Veterinary [1916] -
Year: 1916
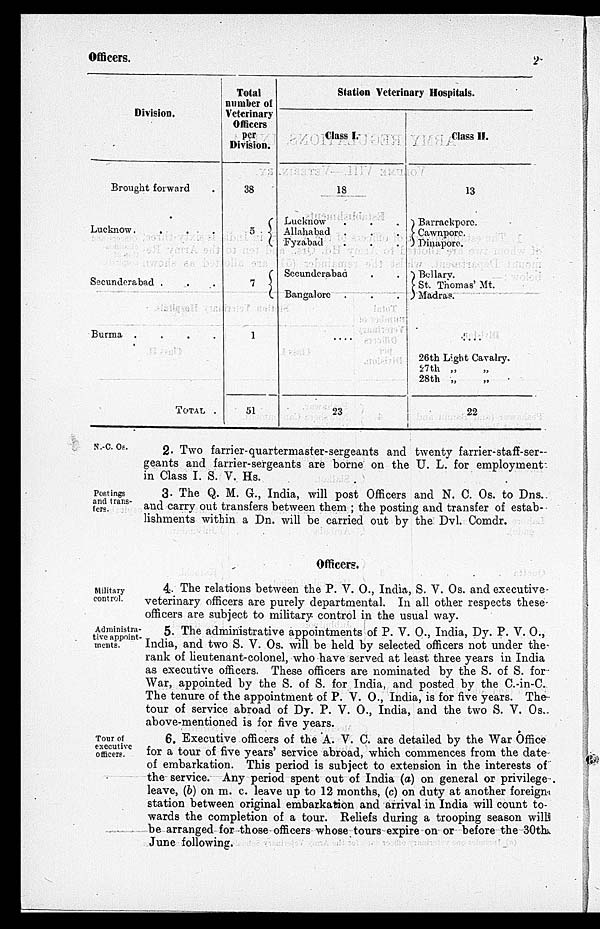
Officers.
2
Division.
Brought forward .
Lucknow. . . .
Secunderabad . . .
Burma . . .
TOTAL.
Total
number of
Veterinary
Officers
per
Division.
38
5
7
1
51
Station Veterinary Hospitals.
Class I.
18
Lucknow . . .
Allahabad . . .
Fyzabad . . .
Secunderabad
Bangalore . . .
....
23
Class II.
13
Barrackpore.
Cawnpore.
Dinapore.
Bellary.
St. Thomas' Mt.
Madras.
....
26th Light Cavalry.
27th „ „ .
28th „ „ .
22
N -C. Os.
2. Two farrier-quartermaster-sergeants and twenty farrier-staff-ser-
geants and farrier-sergeants are borne on the U. L. for employment
in Class I. S. V. Hs.
Postings
and trans-
fers.
3. The Q. M. G., India, will post Officers and N. C. Os. to Dns.
and carry out transfers between them ; the posting and transfer of estab-
lishments within a Dn. will be carried out by the Dvl. Comdr.
Officers.
Military
control.
4. The relations between the P. V. O., India, S. V. Os. and executive
veterinary officers are purely departmental. In all other respects these
officers are subject to military control in the usual way.
Administrat-
tive appoint-
ments.
5. The administrative appointments of P. V. O., India, Dy. P. V. O.,
India, and two S. V. Os. will be held by selected officers not under the
rank of lieutenant-colonel, who have served at least three years in India
as executive officers. These officers are nominated by the S. of S. for
War, appointed by the S. of S. for India, and posted by the C.-in-C.
The tenure of the appointment of P. V. O., India, is for five years. The
tour of service abroad of Dy. P. V. O., India, and the two S. V. Os.
above-mentioned is for five years.
Tour of
executive
officers.
6. Executive officers of the A. V. C. are detailed by the War Office
for a tour of five years' service abroad, which commences from the date
of embarkation. This period is subject to extension in the interests of
the service. Any period spent out of India (a) on general or privilege
leave, (b) on m. c. leave up to 12 months, (c) on duty at another foreign
station between original embarkation and arrival in India will count to-
wards the completion of a tour. Reliefs during a trooping season will
be arranged for those officers whose tours expire on or before the 30th.
June following.